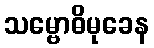
သမ္ဗောဓိမုခေန